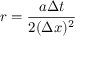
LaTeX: r = { \frac { a \Delta t } { 2 ( \Delta x ) ^ { 2 } } }